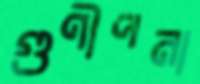
গুণীপনা